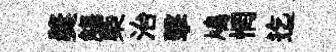
奬觴㮣治擊鳩惘迄